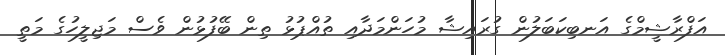
އަފްރާޝީމްގެ އަނބިކަބަލުން ގުރައިޝާ މުހަންމަދާއި ތުއްޕުޅު ތިން ބޭފުޅުން ވެސް މަޖިލީހުގެ މަތީ